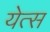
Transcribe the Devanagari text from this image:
येत्स